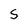
Character: S